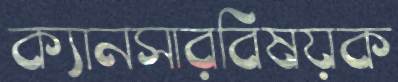
ক্যানসারবিষয়ক